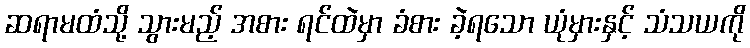
ဆရာမထံသို့ သွားမည့် အစား ရင်ထဲမှာ ခံစား ခဲ့ရသော ယုံမှားနှင့် သံသယကို